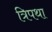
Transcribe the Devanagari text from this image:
त्रिपथा